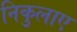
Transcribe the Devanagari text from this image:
निकुलाए